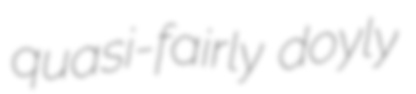
quasi-fairly doyly